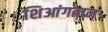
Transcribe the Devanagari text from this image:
शिआंगतान